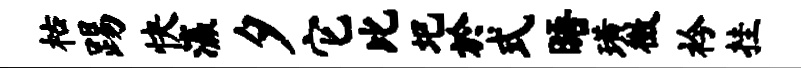
枯踢快瀛夕它比圯於式晤璜徵衿挂